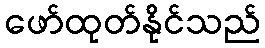
ဖော်ထုတ်နိုင်သည်